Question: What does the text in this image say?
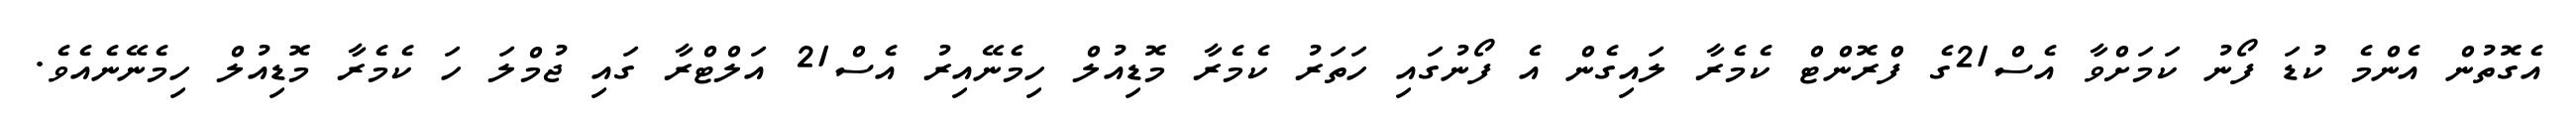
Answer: އެގޮތުން އެންމެ ކުޑަ ފޯނު ކަމަށްވާ އެސް21ގެ ފްރޮންޓް ކެމެރާ ލައިގެން އެ ފޯނުގައި ހަތަރު ކެމެރާ މޮޑިއުލް ހިމެނޭއިރު އެސް21 އަލްޓްރާ ގައި ޖުމްލަ ހަ ކެމެރާ މޮޑިއުލް ހިމެނޭނެއެވެ.